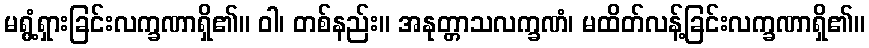
မရွံ့ရှားခြင်းလက္ခဏာရှိ၏။ ဝါ၊ တစ်နည်း။ အနုတ္တာသလက္ခဏံ၊ မထိတ်လန့်ခြင်းလက္ခဏာရှိ၏။